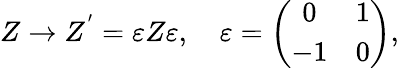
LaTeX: Z\rightarrow Z^{'}=\varepsilon Z\varepsilon,\quad\varepsilon=\left(\begin{array}{crc}{{0}}&{{1}}\\ {{-1}}&{{0}}\end{array}\right),